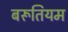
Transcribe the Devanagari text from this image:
बरूतियम